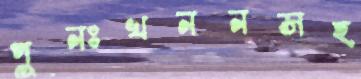
পুনঃখননসহ